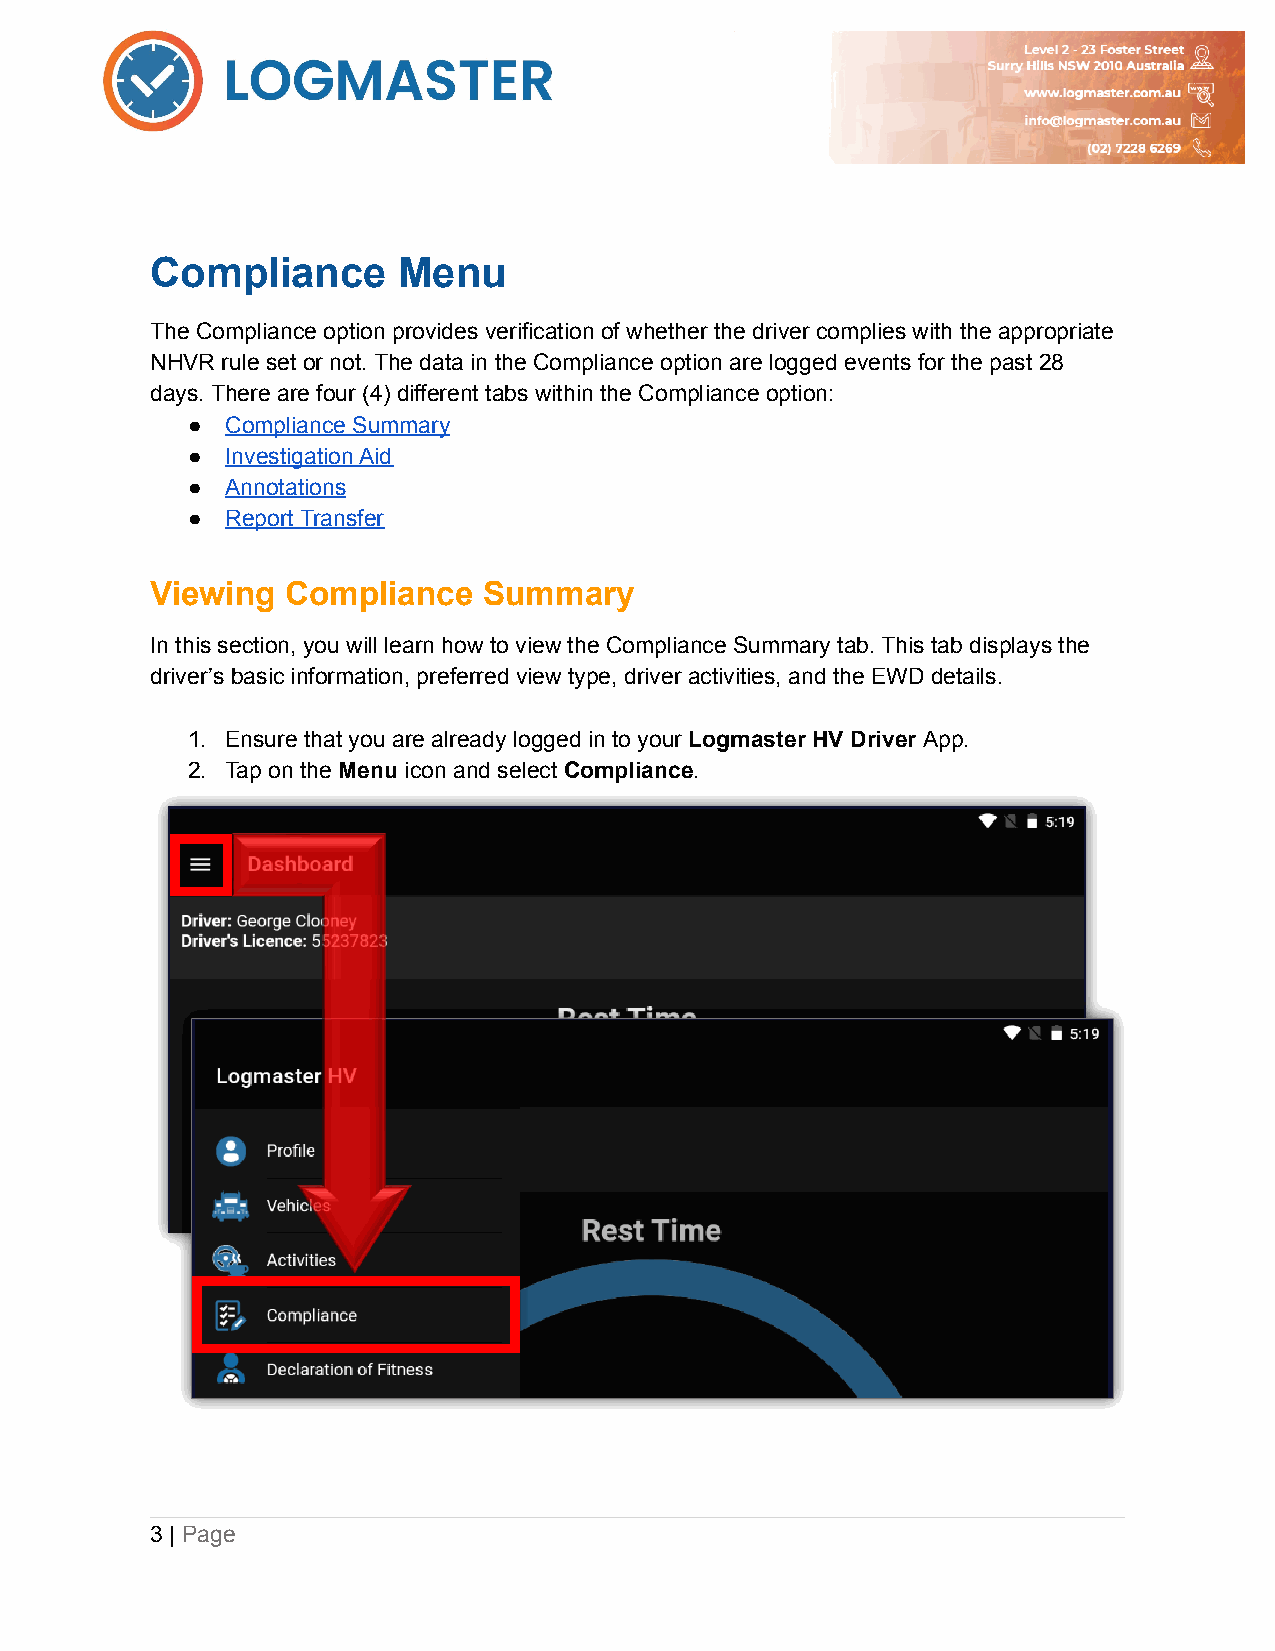
Compliance      Menu
 The Compliance option provides verification of whether the driver complies with the appropriate
 NHVR rule set or not. The data in the Compliance option are logged events for the past 28
 days. There are four (4) different tabs within the Compliance option:
 ●  Compliance Summary
 ●  Investigation Aid
 ●  Annotations
 ●  Report Transfer
 Viewing  Compliance   Summary
 In this section, you will learn how to view the Compliance Summary tab. This tab displays the
 driver’s basic information, preferred view type, driver activities, and the EWD details.
 1. Ensure that you are already logged in to your Logmaster HV Driver App.
 2. Tap on the Menu icon and select Compliance.
 3 | Page